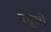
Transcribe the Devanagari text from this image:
बसूलों